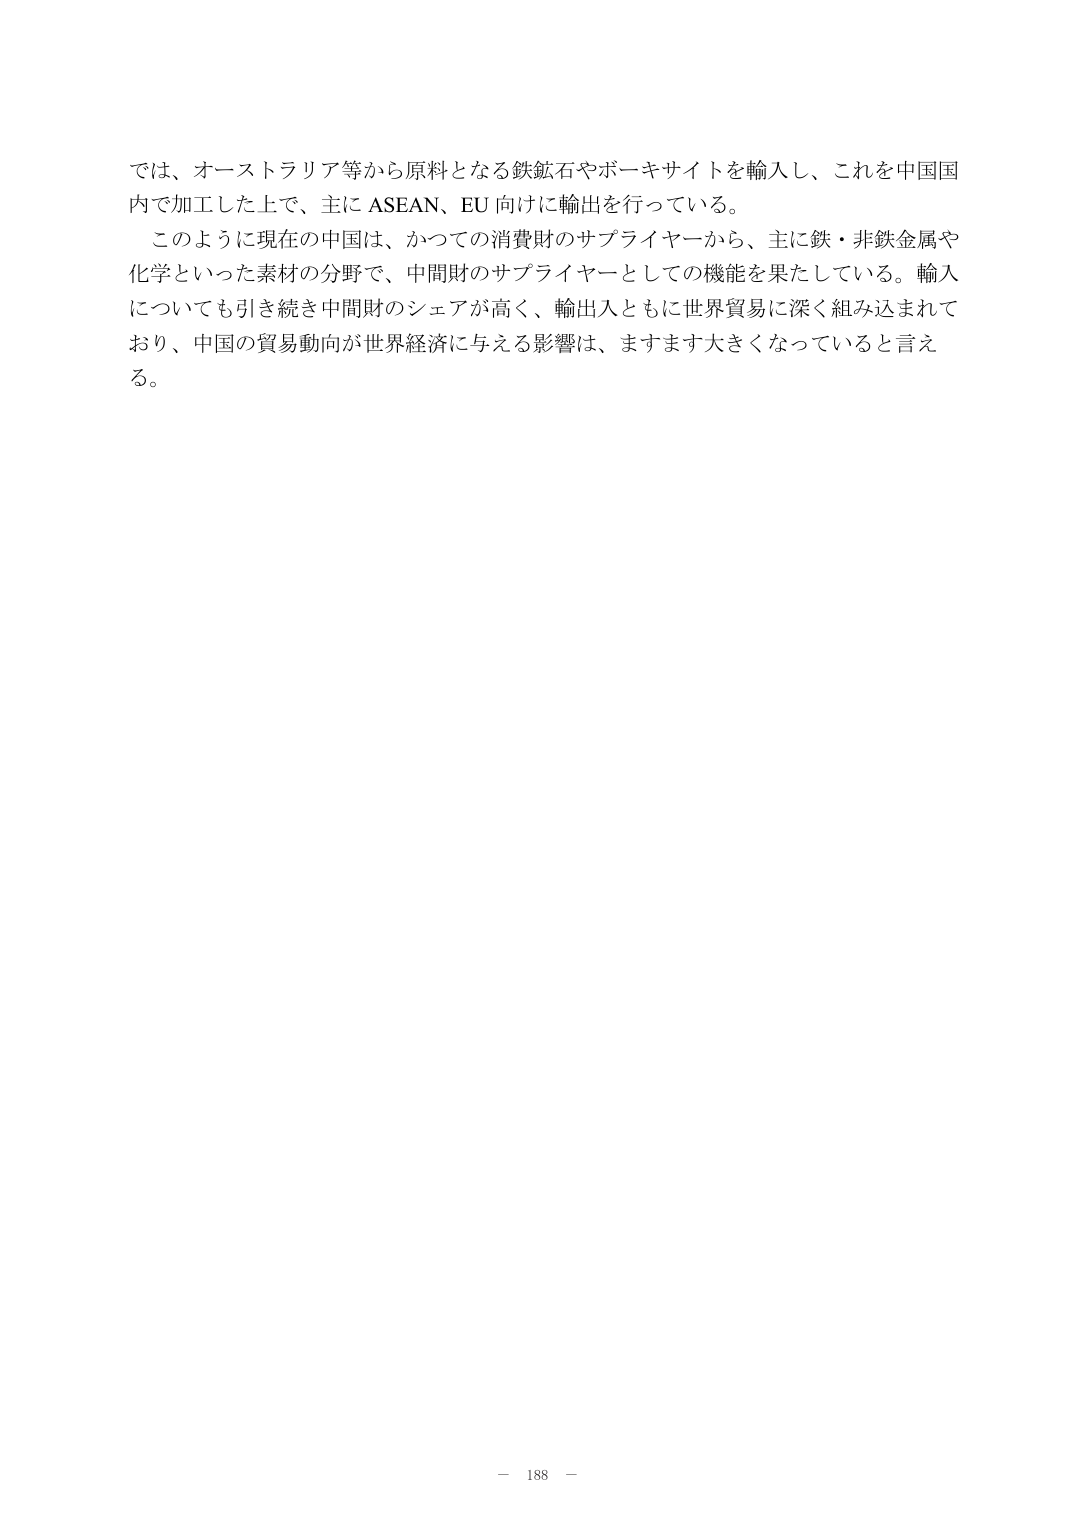
では、オーストラリア等から原料となる鉄鉱石やボーキサイトを輸入し、これを中国国内で加工した上で、主に ASEAN、EU 向けに輸出を行っている。

このように現在の中国は、かつての消費財のサプライヤーから、主に鉄・非鉄金属や化学といった素材の分野で、中間財のサプライヤーとしての機能を果たしている。輸入についても引き続き中間財のシェアが高く、輸出入ともに世界貿易に深く組み込まれており、中国の貿易動向が世界経済に与える影響は、ますます大きくなっていると言える。

－ 188 －